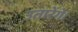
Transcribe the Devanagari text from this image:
उतारेंगे।